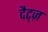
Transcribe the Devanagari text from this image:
दैट्ज़